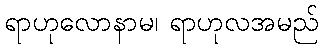
ရာဟုလောနာမ၊ ရာဟုလအမည်